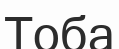
Тоба